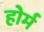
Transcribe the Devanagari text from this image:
होर्म